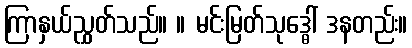
ကြာနှယ်ညွှတ်သည်။ ။ မင်းမြတ်သုဒ္ဓေါ် ဒနတည်း။